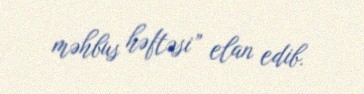
məhbus həftəsi” elan edib.